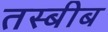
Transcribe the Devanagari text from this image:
तस्बीब